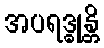
အပရဒ္ဓုန္တိ